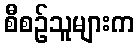
စီစဉ်သူများက